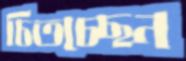
চিতচ্ছেন